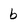
Character: b